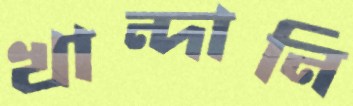
খান্দানি